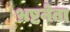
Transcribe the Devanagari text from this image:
भ्रष्टनेता